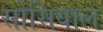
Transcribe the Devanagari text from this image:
सोसियाल